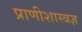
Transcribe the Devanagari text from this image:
प्राणीशास्त्रज्ञ